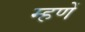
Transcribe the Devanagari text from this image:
म्हणें